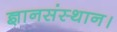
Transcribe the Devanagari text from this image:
ज्ञानसंस्थान।